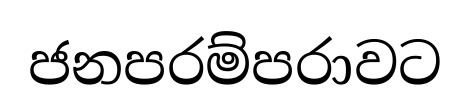
ජනපරම්පරාවට